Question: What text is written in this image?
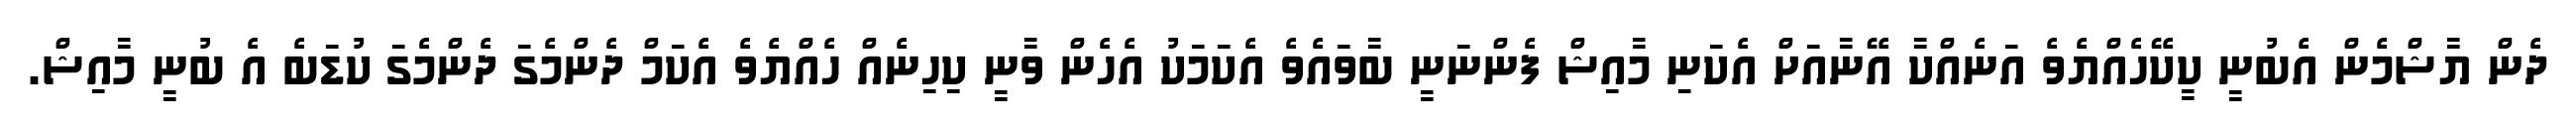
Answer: ދެން ޔާޝްމެން އެބުނީ ކީކޭހެއްޔެވެ އަނެއްކާ އޭނާއަށް އެކަނި މާއިޝް ފެންނަނީ ބާވައެވެ އެކަމަކު އެހެން ވާނީ ކިހިނެއް ހެއްޔެވެ އެކަމް ދެންމެގަ ދެންމެގަ ކުޑަބެ އެ ބުނީ މާއިޝް.